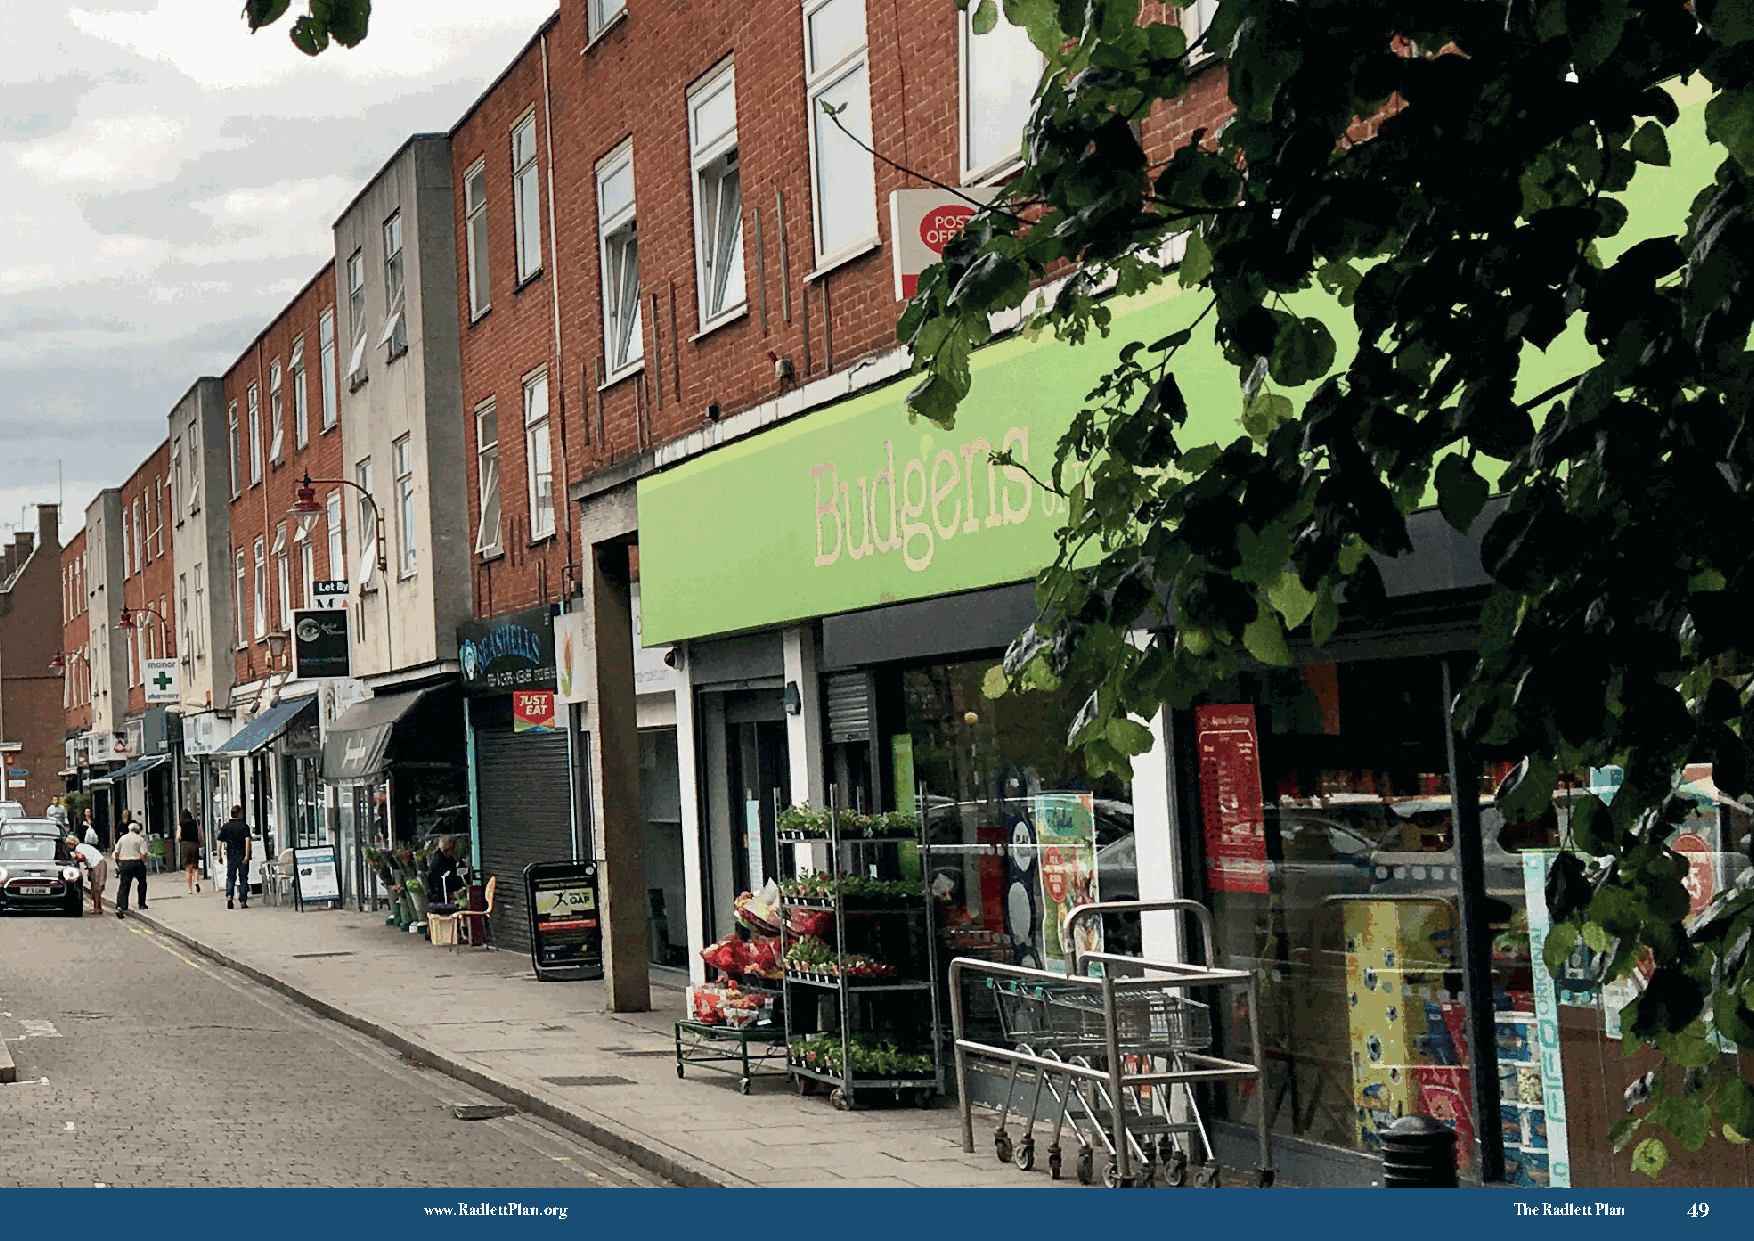
√ 3
 www.RadlettPlan.org                                                     The Radlett Plan 49